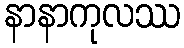
နာနာကုလဿ